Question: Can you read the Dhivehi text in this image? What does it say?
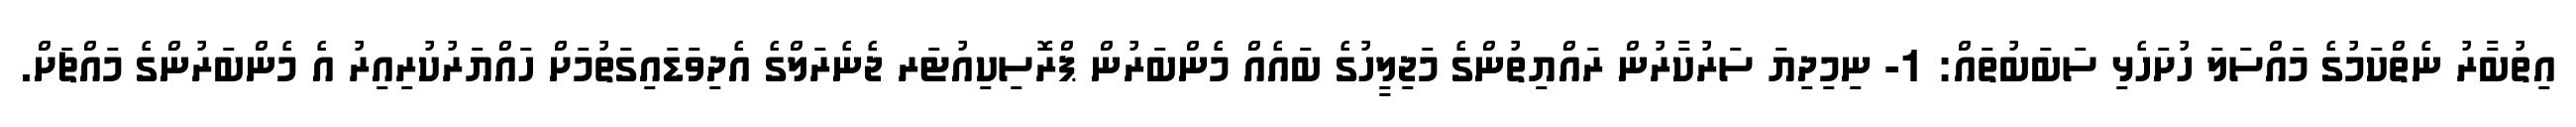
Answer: އިތުބާރު ނެތްކަމުގެ މައްސަލަ ހުށަހެޅި ސަބަބުތައް: 1- ނިމިދިޔަ ސަރުކާރުން ރައްޔިތުންގެ މަޖިލީހުގެ ބައެއް މެންބަރުން ޕްރޮސިކިއުޓަރ ޖެނެރަލްގެ އެދިވަޑައިގަތުމަށް ހައްޔަރުކުރިއިރު އެ މެންބަރުންގެ މައްޗަށް.